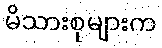
မိသားစုများက